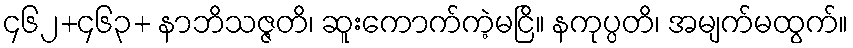
၄၆၂+၄၆၃+ နာဘိသဇ္ဇတိ၊ ဆူးကောက်ကဲ့မငြိ။ နကုပ္ပတိ၊ အမျက်မထွက်။